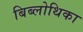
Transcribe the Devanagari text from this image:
बिब्लोथिका